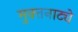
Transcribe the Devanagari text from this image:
मुक्‍तनाट्ये